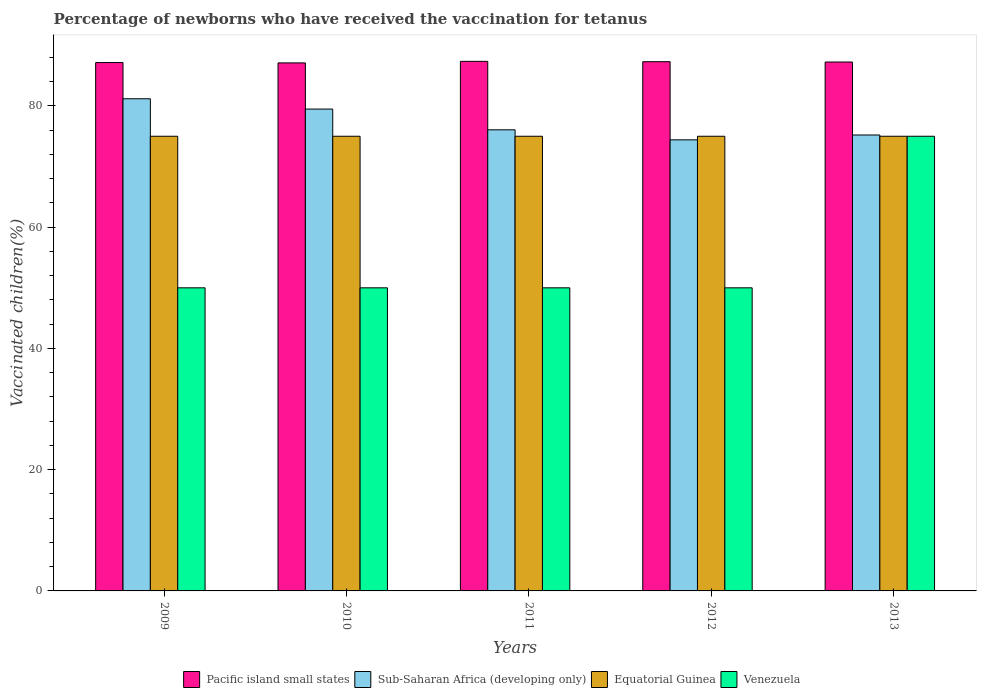
| Years | Pacific island small states | Sub-Saharan Africa (developing only) | Equatorial Guinea | Venezuela |
 | --- | --- | --- | --- | --- |
 | 2009 | 87.2 | 81.2 | 75 | 50 |
 | 2010 | 87.1 | 79.5 | 75 | 50 |
 | 2011 | 87.4 | 76.1 | 75 | 50 |
 | 2012 | 87.3 | 74.4 | 75 | 50 |
 | 2013 | 87.2 | 75.2 | 75 | 75 |